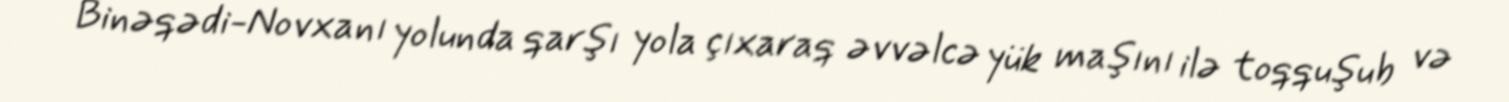
Binəqədi-Novxanı yolunda qarşı yola çıxaraq əvvəlcə yük maşını ilə toqquşub və